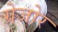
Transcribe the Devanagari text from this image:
ग्रेजोर